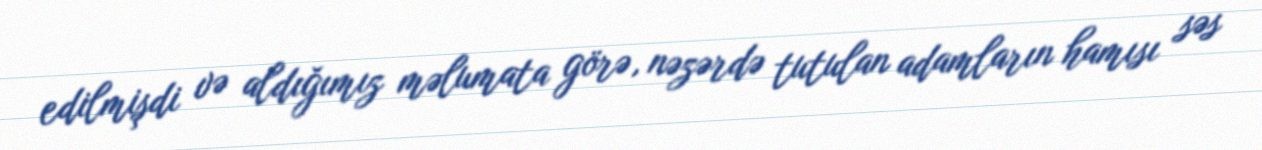
edilmişdi və aldığımız məlumata görə, nəzərdə tutulan adamların hamısı səs